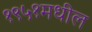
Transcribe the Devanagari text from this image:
१९५१मधील